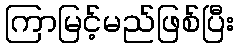
ကြာမြင့်မည်ဖြစ်ပြီး